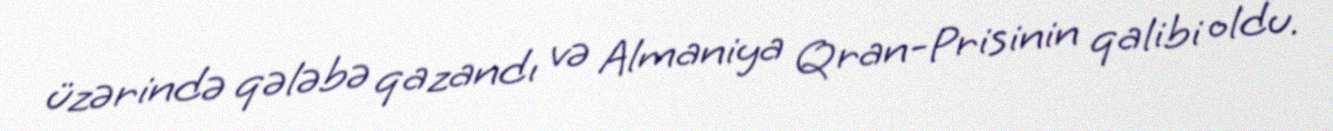
üzərində qələbə qazandı və Almaniya Qran-Prisinin qalibi oldu.